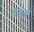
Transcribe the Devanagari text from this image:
पीलेभूरे